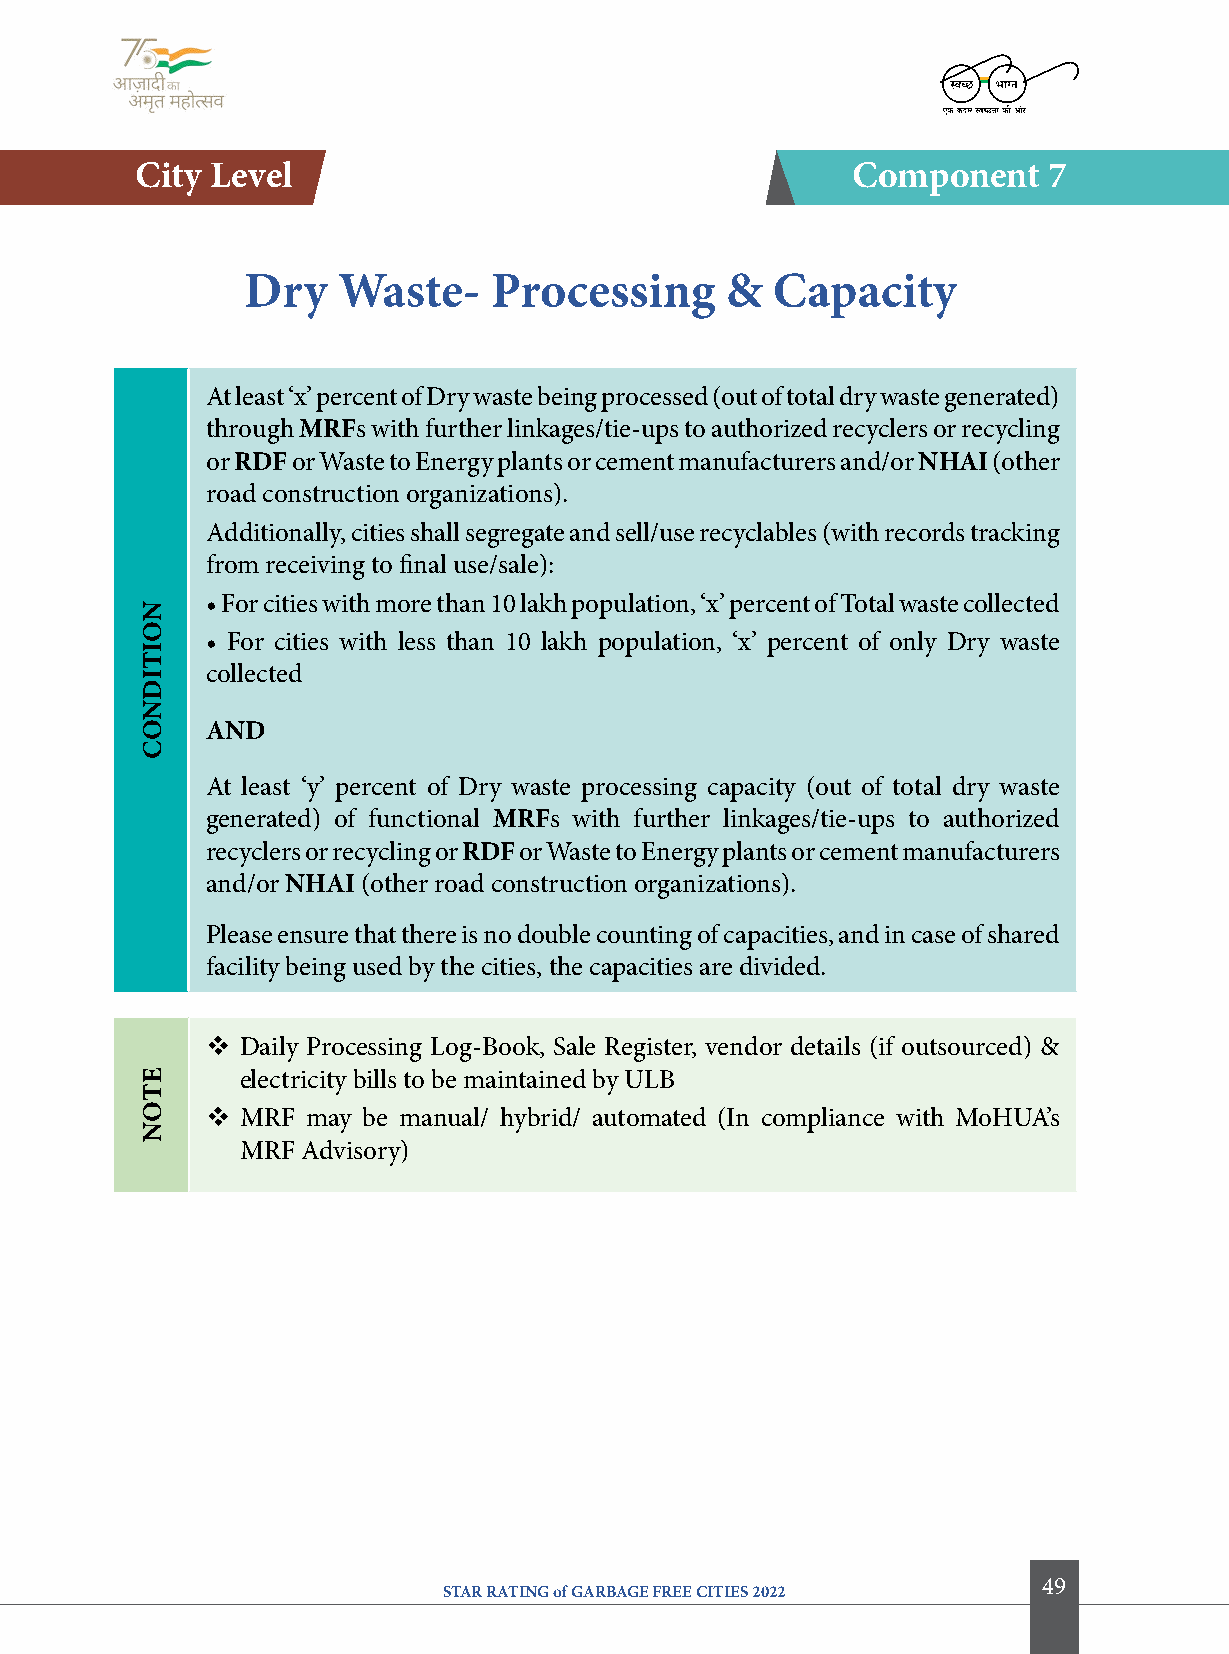
city level                                     component    7
 Dry   Waste-    Processing      &  capacity
 At least ‘x’ percent of Dry waste being processed (out of total dry waste generated)
 through Mrfs with further linkages/tie-ups to authorized recyclers or recycling
 or rDf or Waste to Energy plants or cement manufacturers and/or NHai (other
 road construction organizations).
 Additionally, cities shall segregate and sell/use recyclables (with records tracking
 from receiving to final use/sale):
 • For cities with more than 10 lakh population, ‘x’ percent of Total waste collected
 • For cities with less than 10 lakh population, ‘x’ percent of only Dry waste
 collected
 aND
 At least ‘y’ percent of Dry waste processing capacity (out of total dry waste
 generated) of functional Mrfs with further linkages/tie-ups to authorized
 recyclers or recycling or rDf or Waste to Energy plants or cement manufacturers
 and/or NHai (other road construction organizations).
 Please ensure that there is no double counting of capacities, and in case of shared
 facility being used by the cities, the capacities are divided.
 v Daily Processing Log-Book, Sale Register, vendor details (if outsourced) &
 electricity bills to be maintained by ULB
 v MRF may be manual/ hybrid/ automated (In compliance with MoHUA’s
 MRF Advisory)
 49
 STAR RATING of GARBAGE FREE CITIES 2022
 NoitiDNoc
 etoN